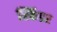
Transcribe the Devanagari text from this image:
स्किंडर